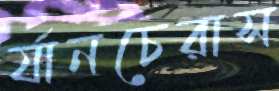
র‍্যানচেরাস